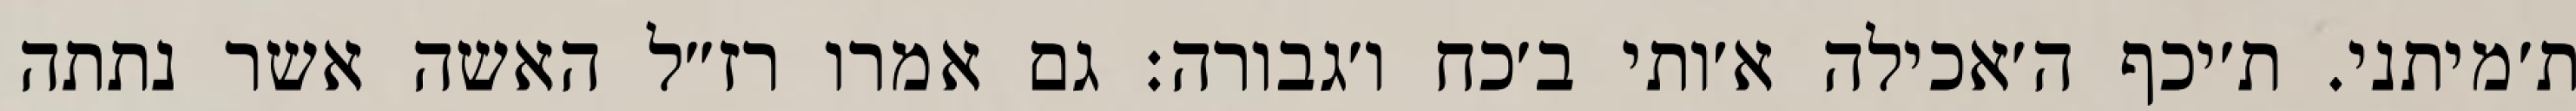
ת׳מיתני. ת׳יכף ה׳אכילה א׳ותי ב׳כח ו׳גבורה: גם אמרו רז״ל האשה אשר נתתה